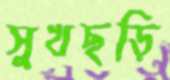
সুখছড়ি